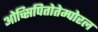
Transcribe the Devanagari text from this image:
ओच्सिपितोतेम्पोरल